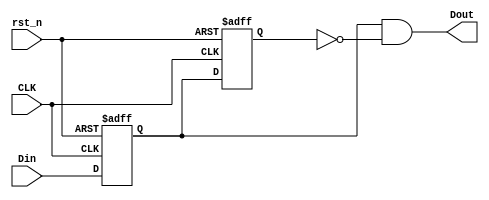
// Copyright (C) 2020  Intel Corporation. All rights reserved.
// Your use of Intel Corporation's design tools, logic functions 
// and other software and tools, and any partner logic 
// functions, and any output files from any of the foregoing 
// (including device programming or simulation files), and any 
// associated documentation or information are expressly subject 
// to the terms and conditions of the Intel Program License 
// Subscription Agreement, the Intel Quartus Prime License Agreement,
// the Intel FPGA IP License Agreement, or other applicable license
// agreement, including, without limitation, that your use is for
// the sole purpose of programming logic devices manufactured by
// Intel and sold by Intel or its authorized distributors.  Please
// refer to the applicable agreement for further details, at
// https://fpgasoftware.intel.com/eula.

// PROGRAM		"Quartus Prime"
// VERSION		"Version 20.1.1 Build 720 11/11/2020 SJ Lite Edition"
// CREATED		"Thu Dec 01 21:37:45 2022"

module trigger(
	CLK,
	Din,
	rst_n,
	Dout
);


input wire	CLK;
input wire	Din;
input wire	rst_n;
output wire	Dout;

reg	SYNTHESIZED_WIRE_1;
wire	SYNTHESIZED_WIRE_0;
reg	DFF_inst3;




assign	Dout = SYNTHESIZED_WIRE_1 & SYNTHESIZED_WIRE_0;


always@(posedge CLK or negedge rst_n)
begin
if (!rst_n)
	begin
	SYNTHESIZED_WIRE_1 <= 0;
	end
else
	begin
	SYNTHESIZED_WIRE_1 <= Din;
	end
end


always@(posedge CLK or negedge rst_n)
begin
if (!rst_n)
	begin
	DFF_inst3 <= 0;
	end
else
	begin
	DFF_inst3 <= SYNTHESIZED_WIRE_1;
	end
end

assign	SYNTHESIZED_WIRE_0 =  ~DFF_inst3;


endmodule